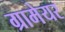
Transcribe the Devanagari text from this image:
ग्रामेयर